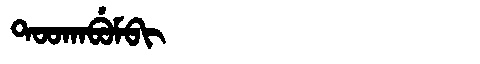
Manchu: ᡨᠣᠣᡴᠠᠪᡠᠮᠪᡳ
Romanization: TOOKABUMBI